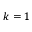
k = 1